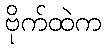
ဗိုက်ထဲက